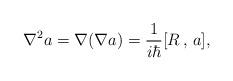
LaTeX: \begin{align*}\nabla ^2a=\nabla (\nabla a)=\frac 1{i\hbar }[R\,,\,a], \end{align*}